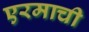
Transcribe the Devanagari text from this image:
एरमाची